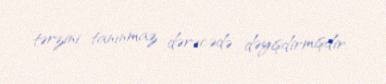
tərzini tanınmaz dərəcədə dəyişdirmişdir.